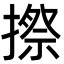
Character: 摖